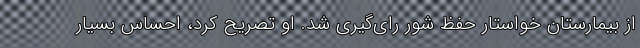
از بیمارستان خواستار حفظ شور رای‌گیری شد. او تصریح کرد، احساس بسیار